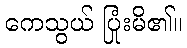
ကေသွယ် ပြုံးမိ၏။